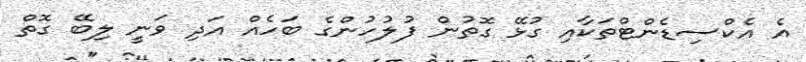
އެ އެކްސިޑެންޓްތަކާއި ގުޅޭ ގޮތުން ފުލުހުންގެ ބަހެއް އަދި ވަނީ ލިބޭ ގޮތް